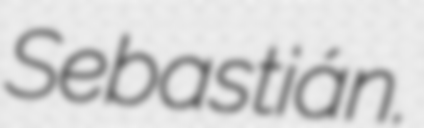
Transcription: Sebastián.